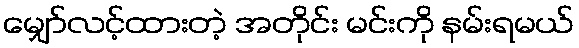
မျှော်လင့်ထားတဲ့ အတိုင်း မင်းကို နမ်းရမယ်